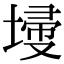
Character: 𡎹